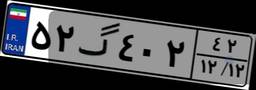
۵۲گ۴۰۲۴۲